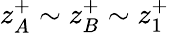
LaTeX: z_{A}^{+}\sim z_{B}^{+}\sim z_{1}^{+}